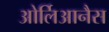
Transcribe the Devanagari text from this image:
ओर्लिआनैस